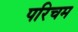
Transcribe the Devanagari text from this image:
परिचम